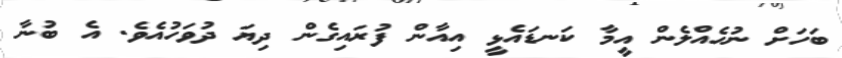
ބަހަށް ނުހެއްލެން އީމާ ކަނޑައެޅީ އިއާން ފުރައިގެން ދިޔަ ދުވަހުއެވެ. އެ ބުނާ